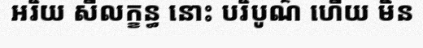
អរិយ សីលក្ខន្ធ នោះ បរិបូណ៌ ហើយ មិន